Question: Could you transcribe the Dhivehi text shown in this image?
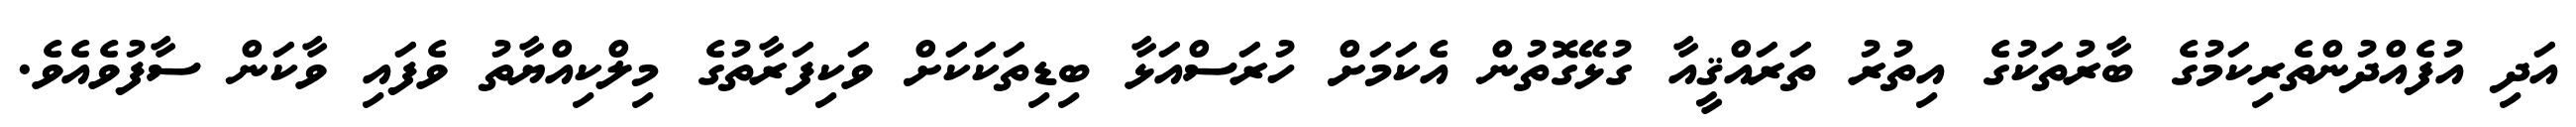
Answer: އަދި އުފެއްދުންތެރިކަމުގެ ބާރުތަކުގެ އިތުރު ތަރައްޤީއާ ގުޅޭގޮތުން އެކަމަށް ހުރަސްއަޅާ ބިޑިތަކަކަށް ވަކިފަރާތުގެ މިލްކިއްޔާތު ވެފައި ވާކަން ސާފުވެއެވެ.